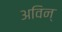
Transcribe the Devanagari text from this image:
अविन्